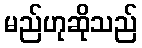
မည်ဟုဆိုသည်